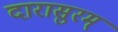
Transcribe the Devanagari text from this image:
दारासुरम्